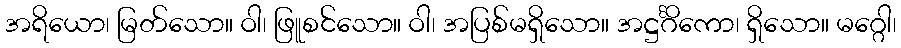
အရိယော၊ မြတ်သော။ ဝါ၊ ဖြူစင်သော။ ဝါ၊ အပြစ်မရှိသော။ အဋ္ဌင်္ဂိကော၊ ရှိသော။ မဂ္ဂေါ၊